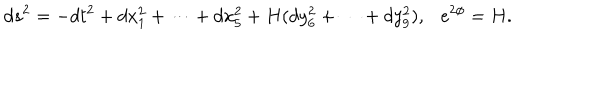
d s ^ { 2 } = - d t ^ { 2 } + d x _ { 1 } ^ { 2 } + \cdots + d x _ { 5 } ^ { 2 } + H ( d y _ { 6 } ^ { 2 } + \cdots + d y _ { 9 } ^ { 2 } ) , \ \ \ e ^ { 2 \phi } = H .